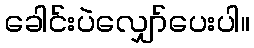
ခေါင်းပဲလျှော်ပေးပါ။